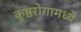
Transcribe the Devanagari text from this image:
कुष्ठरोगामध्ये